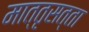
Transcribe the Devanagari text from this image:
मात्तृसत्ता